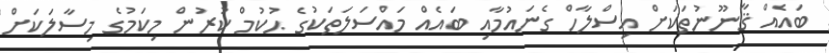
ބައެއް ޤާނޫނުތަަކަށް އިސްލާހް ގެނައުމާއި ބައެއް މައްސަލަތަކުގެ ޙުކުމް ކުރުން މިކަމުގެ މިސާލަކަށް